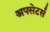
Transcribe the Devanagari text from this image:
अपसेटर्स